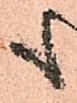
も